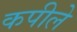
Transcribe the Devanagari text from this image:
कपीले